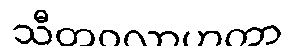
သီတဝလာဟကာ